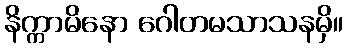
နိက္ကာမိနော ဂေါတမသာသနမှိ။